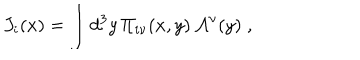
LaTeX: J _ { i } ( x ) = \int d ^ { 3 } y \, \Pi _ { i \nu } ( x , y ) \, { \cal A } ^ { \nu } ( y ) \; ,